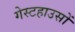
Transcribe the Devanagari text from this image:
गेस्टहाउसों